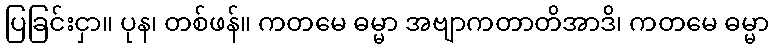
ပြခြင်းငှာ။ ပုန၊ တစ်ဖန်။ ကတမေ ဓမ္မာ အဗျာကတာတိအာဒိ၊ ကတမေ ဓမ္မာ